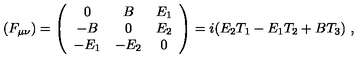
( F _ { \mu \nu } ) = \left( \begin{array} { c c c } { 0 } & { B } & { E _ { 1 } } \\ { - B } & { 0 } & { E _ { 2 } } \\ { - E _ { 1 } } & { - E _ { 2 } } & { 0 } \\ \end{array} \right) = i ( E _ { 2 } T _ { 1 } - E _ { 1 } T _ { 2 } + B T _ { 3 } ) \ ,